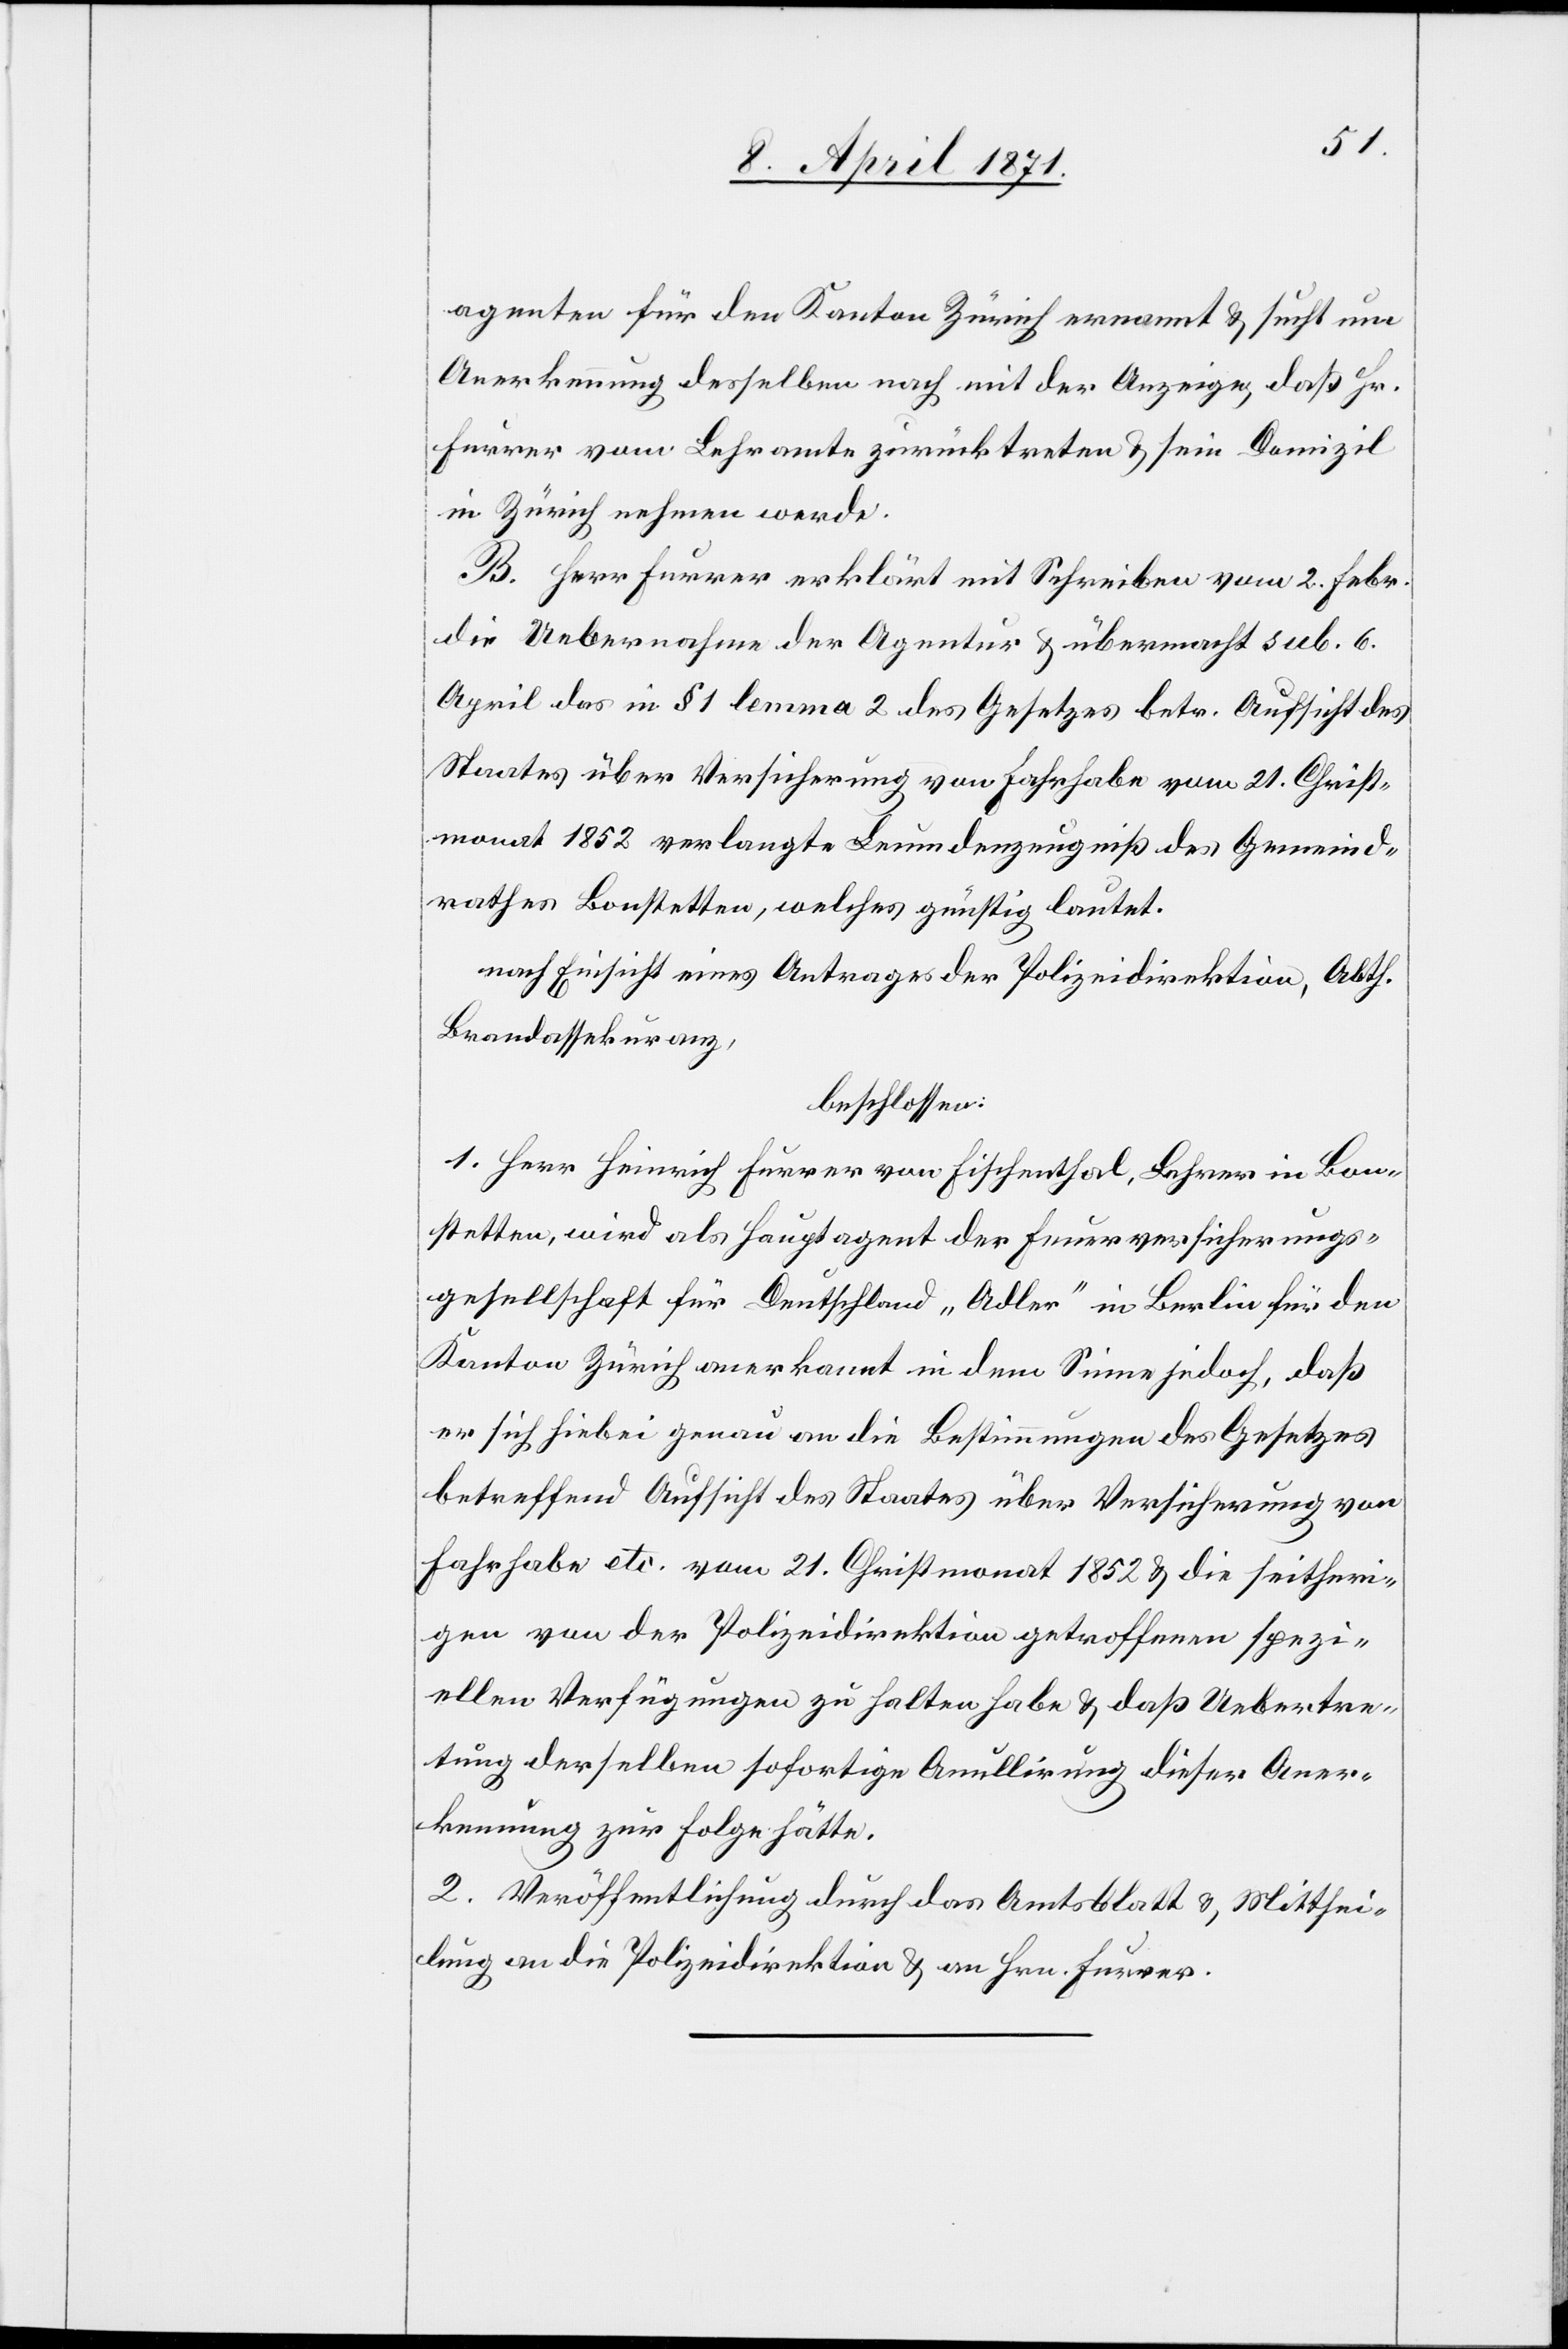
agenten für den Kanton Zürich ernannt u. sucht um
Anerkennung desselben nach mit der Anzeige, daß Hr.
Furrer vom Lehramte zurücktreten u. sein Domizil
in Zürich nehmen werde.
B. Herr Furrer erklärt mit Schreiben vom 2. Febr.
die Uebernahme der Agentur u. übermacht sub. 6.
April das in § 1 lemma 2 des Gesetzes betr. Aufsicht des
Staates über Versicherung von Fahrhabe vom 21. Christ¬
monat 1852 verlangte Leumdenzeugniß des Gemeind¬
rathes Bonstetten, welches günstig lautet.
nach Einsicht eines Antrages der Polizeidirektion, Abth.
Brandassekuranz,
beschlossen:
1. Herr Heinrich Furrer von Fischenthal, Lehrer in Bon¬
stetten, wird als Hauptagent der Feuerversicherungs¬
gesellschaft für Deutschland „Adler“ in Berlin für den
Kanton Zürich anerkannt in dem Sinne jedoch, daß
er sich hiebei genau an die Bestimmung des Gesetzes
betreffend Aufsicht des Staates über Versicherung von
Fahrhabe etc. vom 21. Christmonat 1852 u. die seitheri¬
gen von der Polizeidirektion getroffenen spezi¬
ellen Verfügungen zu halten habe u. daß Uebertre¬
tung derselben sofortige Anullirung dieser Aner¬
kennung zur Folge hätte.
2. Veröffentlichung durch das Amtsblatt u., Mitthei¬
lung an die Polizeidirektion u. an Hrn. Furrer.